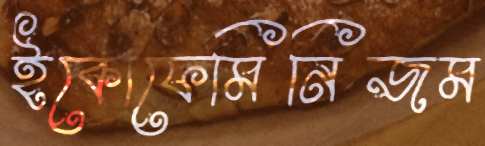
ইকোফেমিনিজম